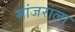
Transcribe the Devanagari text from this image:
मांजराला